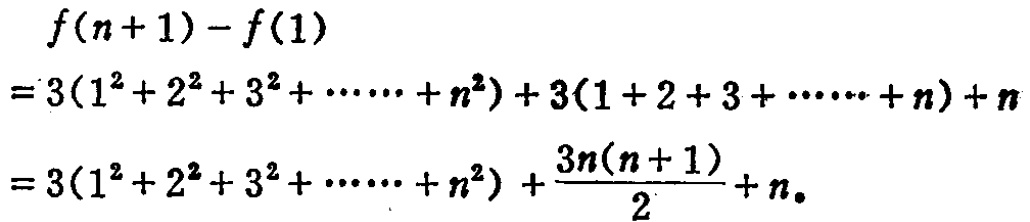
\begin{align*}
&f(n + 1) - f(1)\\
=&3(1^{2}+2^{2}+3^{2}+\cdots\cdots +n^{2})+3(1 + 2 + 3+\cdots\cdots +n)+n\\
=&3(1^{2}+2^{2}+3^{2}+\cdots\cdots +n^{2})+\frac{3n(n + 1)}{2}+n_{\circ}
\end{align*}